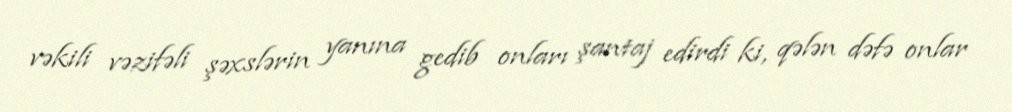
vəkili vəzifəli şəxslərin yanına gedib onları şantaj edirdi ki, qələn dəfə onlar